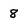
Character: 8